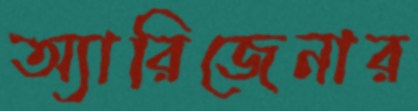
অ্যারিজেনার